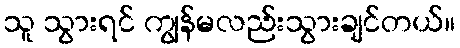
သူ သွားရင် ကျွန်မလည်းသွားချင်တယ်။